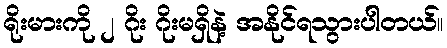
ရိုးမားကို ၂ ဂိုး ဂိုးမရှိနဲ့ အနိုင်ရသွားပါတယ်။